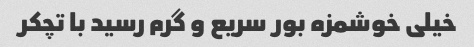
خیلی خوشمزه بور سریع و گرم رسید با تچکر